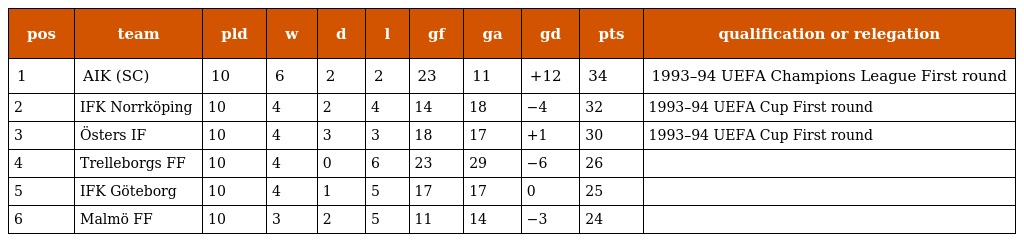
| pos | team | pld | w | d | l | gf | ga | gd | pts | qualification or relegation |
 | --- | --- | --- | --- | --- | --- | --- | --- | --- | --- | --- |
 | 1 | AIK (SC) | 10 | 6 | 2 | 2 | 23 | 11 | +12 | 34 | 1993–94 UEFA Champions League First round |
 | 2 | IFK Norrköping | 10 | 4 | 2 | 4 | 14 | 18 | −4 | 32 | 1993–94 UEFA Cup First round |
 | 3 | Östers IF | 10 | 4 | 3 | 3 | 18 | 17 | +1 | 30 | 1993–94 UEFA Cup First round |
 | 4 | Trelleborgs FF | 10 | 4 | 0 | 6 | 23 | 29 | −6 | 26 |  |
 | 5 | IFK Göteborg | 10 | 4 | 1 | 5 | 17 | 17 | 0 | 25 |  |
 | 6 | Malmö FF | 10 | 3 | 2 | 5 | 11 | 14 | −3 | 24 |  |